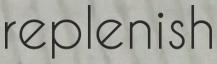
replenish